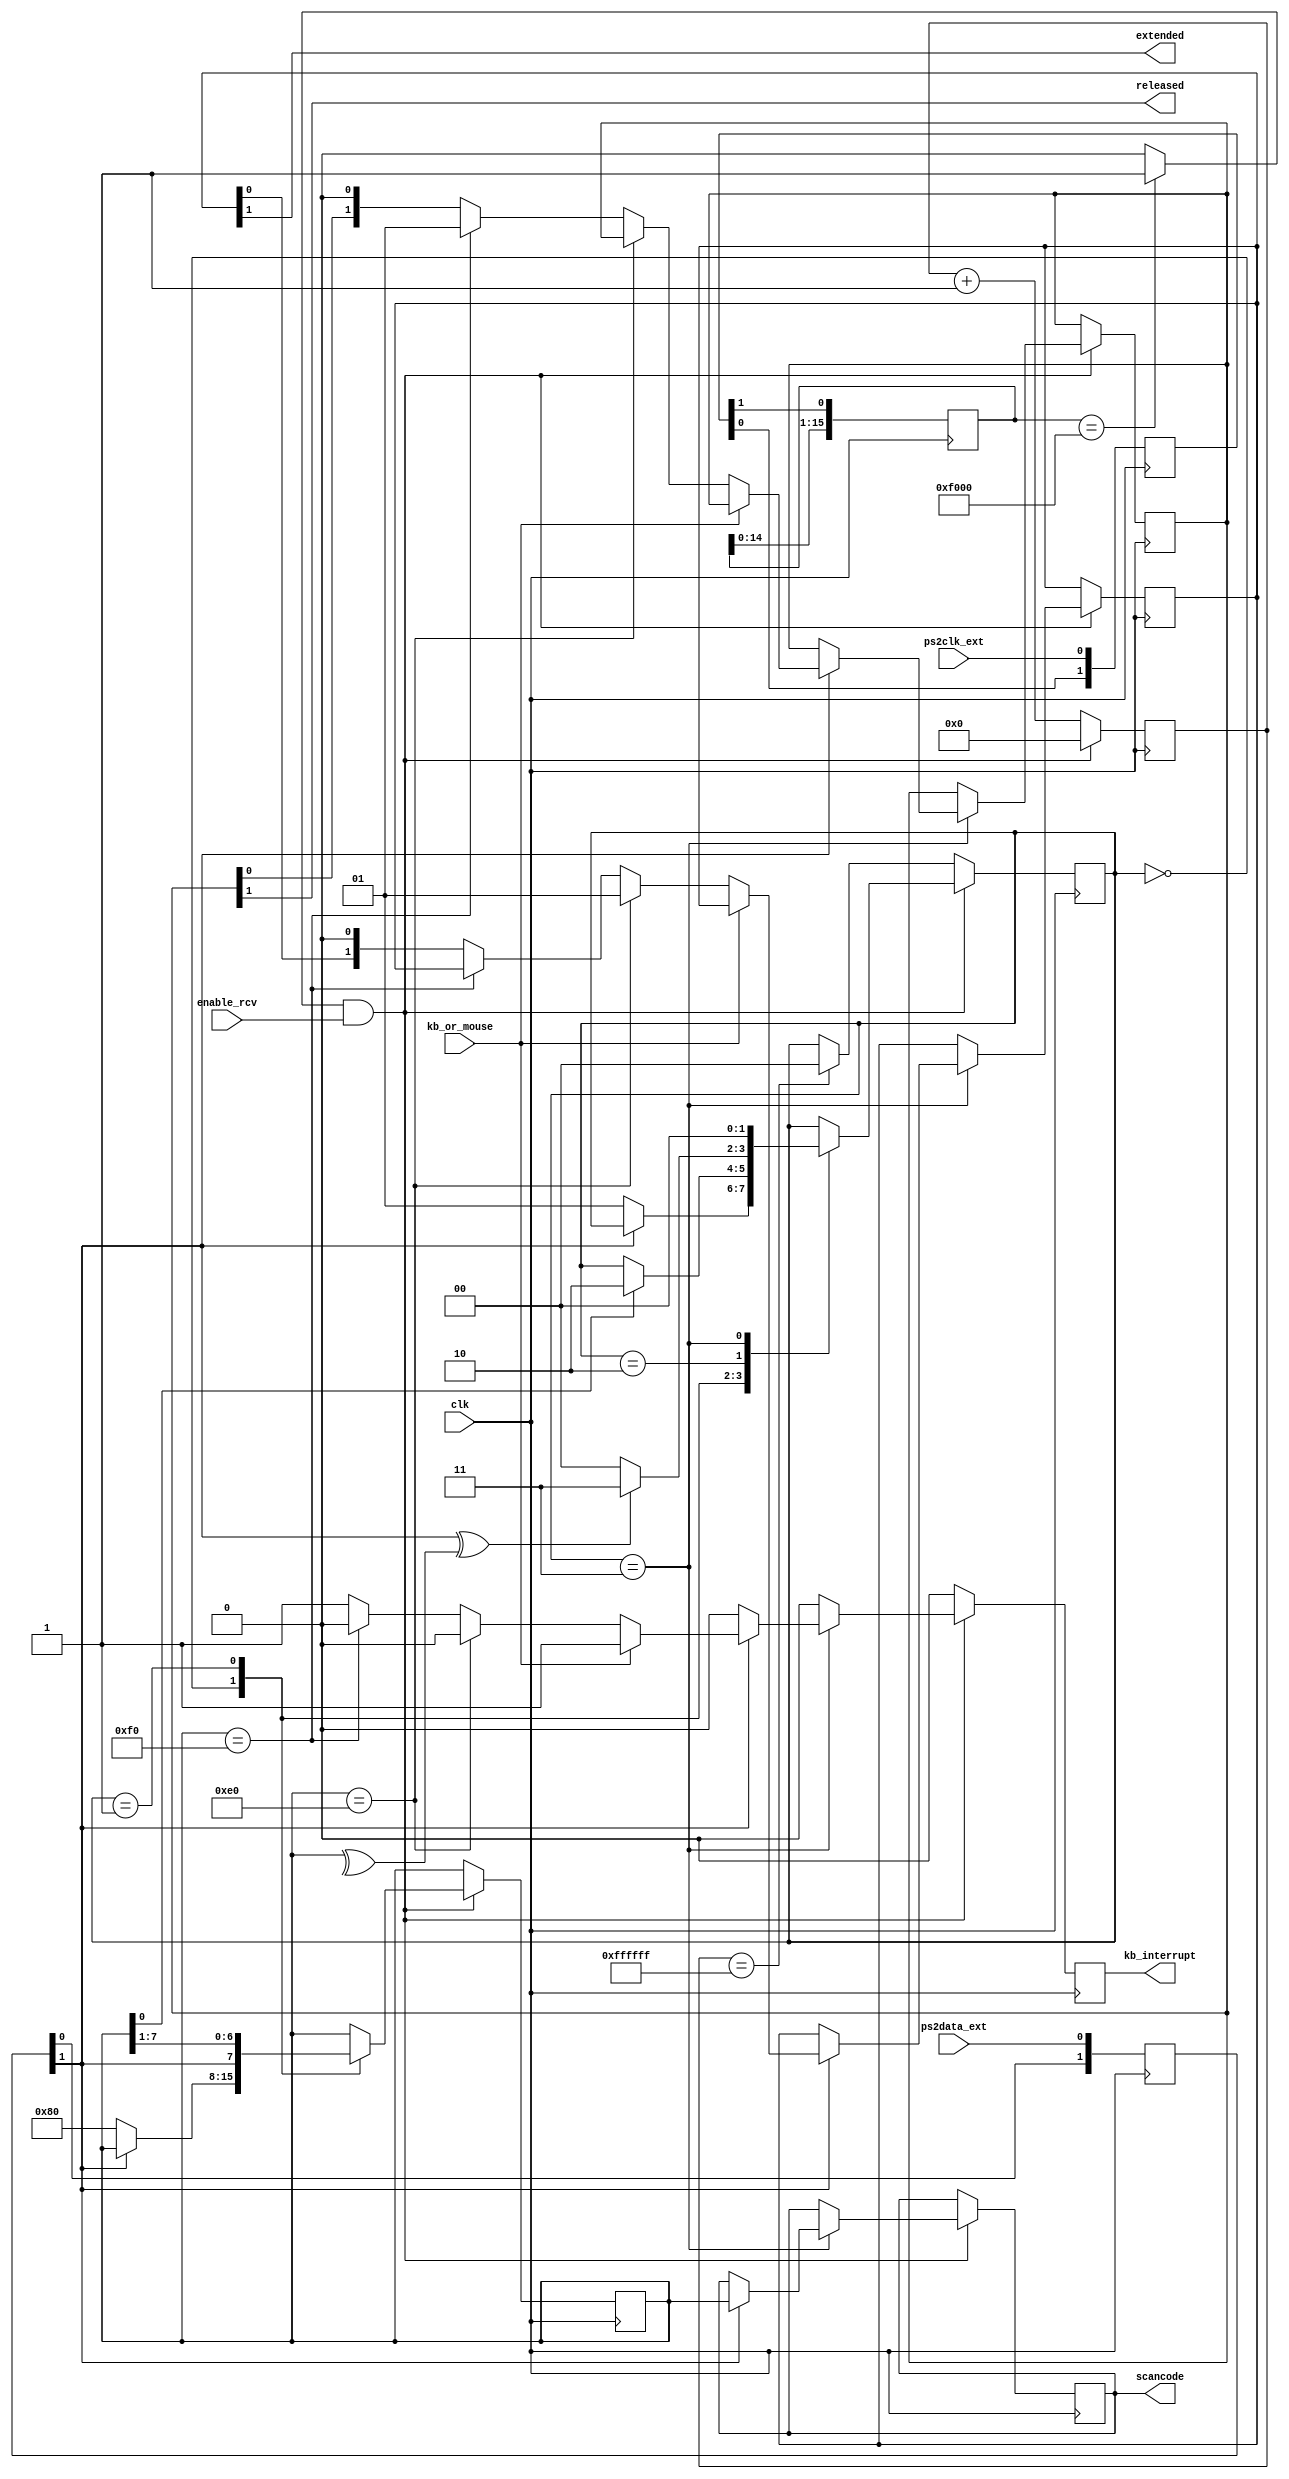
`timescale 1ns / 1ps
`default_nettype none

//    This file is part of the ZXUNO Spectrum core. 
//    Creation date is 20:16:31 2014-12-26 by Miguel Angel Rodriguez Jodar
//    (c)2014-2020 ZXUNO association.
//    ZXUNO official repository: http://svn.zxuno.com/svn/zxuno
//    Username: guest   Password: zxuno
//    Github repository for this core: https://github.com/mcleod-ideafix/zxuno_spectrum_core
//
//    ZXUNO Spectrum core is free software: you can redistribute it and/or modify
//    it under the terms of the GNU General Public License as published by
//    the Free Software Foundation, either version 3 of the License, or
//    (at your option) any later version.
//
//    ZXUNO Spectrum core is distributed in the hope that it will be useful,
//    but WITHOUT ANY WARRANTY; without even the implied warranty of
//    MERCHANTABILITY or FITNESS FOR A PARTICULAR PURPOSE.  See the
//    GNU General Public License for more details.
//
//    You should have received a copy of the GNU General Public License
//    along with the ZXUNO Spectrum core.  If not, see <https://www.gnu.org/licenses/>.
//
//    Any distributed copy of this file must keep this notice intact.

module ps2_port (
    input wire clk,  // se recomienda 1 MHz <= clk <= 600 MHz
    input wire enable_rcv,  // habilitar la maquina de estados de recepcion
    input wire kb_or_mouse,  // 0: kb, 1: mouse
    input wire ps2clk_ext,
    input wire ps2data_ext,
    output wire kb_interrupt,  // a 1 durante 1 clk para indicar nueva tecla recibida
    output reg [7:0] scancode, // make o breakcode de la tecla
    output wire released,  // soltada=1, pulsada=0
    output wire extended  // extendida=1, no extendida=0
    );
    
    localparam RCVSTART  = 2'b00,
               RCVDATA   = 2'b01,
               RCVPARITY = 2'b10,
               RCVSTOP   = 2'b11;

    reg [7:0] key = 8'h00;

    // Fase de sincronizacion de seales externas con el reloj del sistema
    reg [1:0] ps2clk_synchr;
    reg [1:0] ps2dat_synchr;
    wire ps2clk = ps2clk_synchr[1];
    wire ps2data = ps2dat_synchr[1];
    always @(posedge clk) begin
      ps2clk_synchr[0] <= ps2clk_ext;
      ps2clk_synchr[1] <= ps2clk_synchr[0];
      ps2dat_synchr[0] <= ps2data_ext;
      ps2dat_synchr[1] <= ps2dat_synchr[0];
    end

    // De-glitcher. Slo detecto flanco de bajada
    reg [15:0] negedgedetect = 16'h0000;
    always @(posedge clk) begin
      negedgedetect <= {negedgedetect[14:0], ps2clk};
    end
    wire ps2clkedge = (negedgedetect == 16'hF000)? 1'b1 : 1'b0;
    
    // Paridad instantnea de los bits recibidos
    wire paritycalculated = ^key;
    
    // Contador de time-out. Al llegar a 16777216 ciclos sin que ocurra
    // un flanco de bajada en PS2CLK, volvemos al estado inicial
    reg [23:0] timeoutcnt = 24'h000000;

    reg [1:0] state = RCVSTART;
    reg [1:0] regextended = 2'b00;
    reg [1:0] regreleased = 2'b00;
    reg rkb_interrupt = 1'b0;
    assign released = regreleased[1];
    assign extended = regextended[1];
    assign kb_interrupt = rkb_interrupt;
    
    always @(posedge clk) begin
        if (rkb_interrupt == 1'b1) begin
            rkb_interrupt <= 1'b0;
        end
        if (ps2clkedge && enable_rcv) begin
            timeoutcnt <= 24'h000000;
            case (state)
                RCVSTART: begin
                    if (ps2data == 1'b0) begin
                        state <= RCVDATA;
                        key <= 8'h80;
                    end
                end
                RCVDATA: begin
                    key <= {ps2data, key[7:1]};
                    if (key[0] == 1'b1) begin
                        state <= RCVPARITY;
                    end
                end
                RCVPARITY: begin
                    if (ps2data^paritycalculated == 1'b1) begin
                        state <= RCVSTOP;
                    end
                    else begin
                        state <= RCVSTART;
                    end
                end
                RCVSTOP: begin
                    state <= RCVSTART;                
                    if (ps2data == 1'b1) begin                        
                        scancode <= key;
                        if (kb_or_mouse == 1'b1) begin
                            rkb_interrupt <= 1'b1;  // no se requiere mirar E0 o F0
                        end
                        else begin
                            if (key == 8'hE0) begin
                                regextended <= 2'b01;
                            end
                            else if (key == 8'hF0) begin
                                regreleased <= 2'b01;
                            end
                            else begin
                                regextended <= {regextended[0], 1'b0};
                                regreleased <= {regreleased[0], 1'b0};
                                rkb_interrupt <= 1'b1;
                            end
                        end
                    end
                end    
                default: state <= RCVSTART;
            endcase
        end           
        else begin
            timeoutcnt <= timeoutcnt + 24'd1;
            if (timeoutcnt == 24'hFFFFFF) begin
                state <= RCVSTART;
            end
        end
    end
endmodule

`default_nettype wire